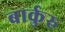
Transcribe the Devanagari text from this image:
बार्कुरु